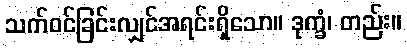
သက်ဝင်ခြင်းလျှင်အရင်းရှိသော။ ဒုက္ခံ၊ တည်း။